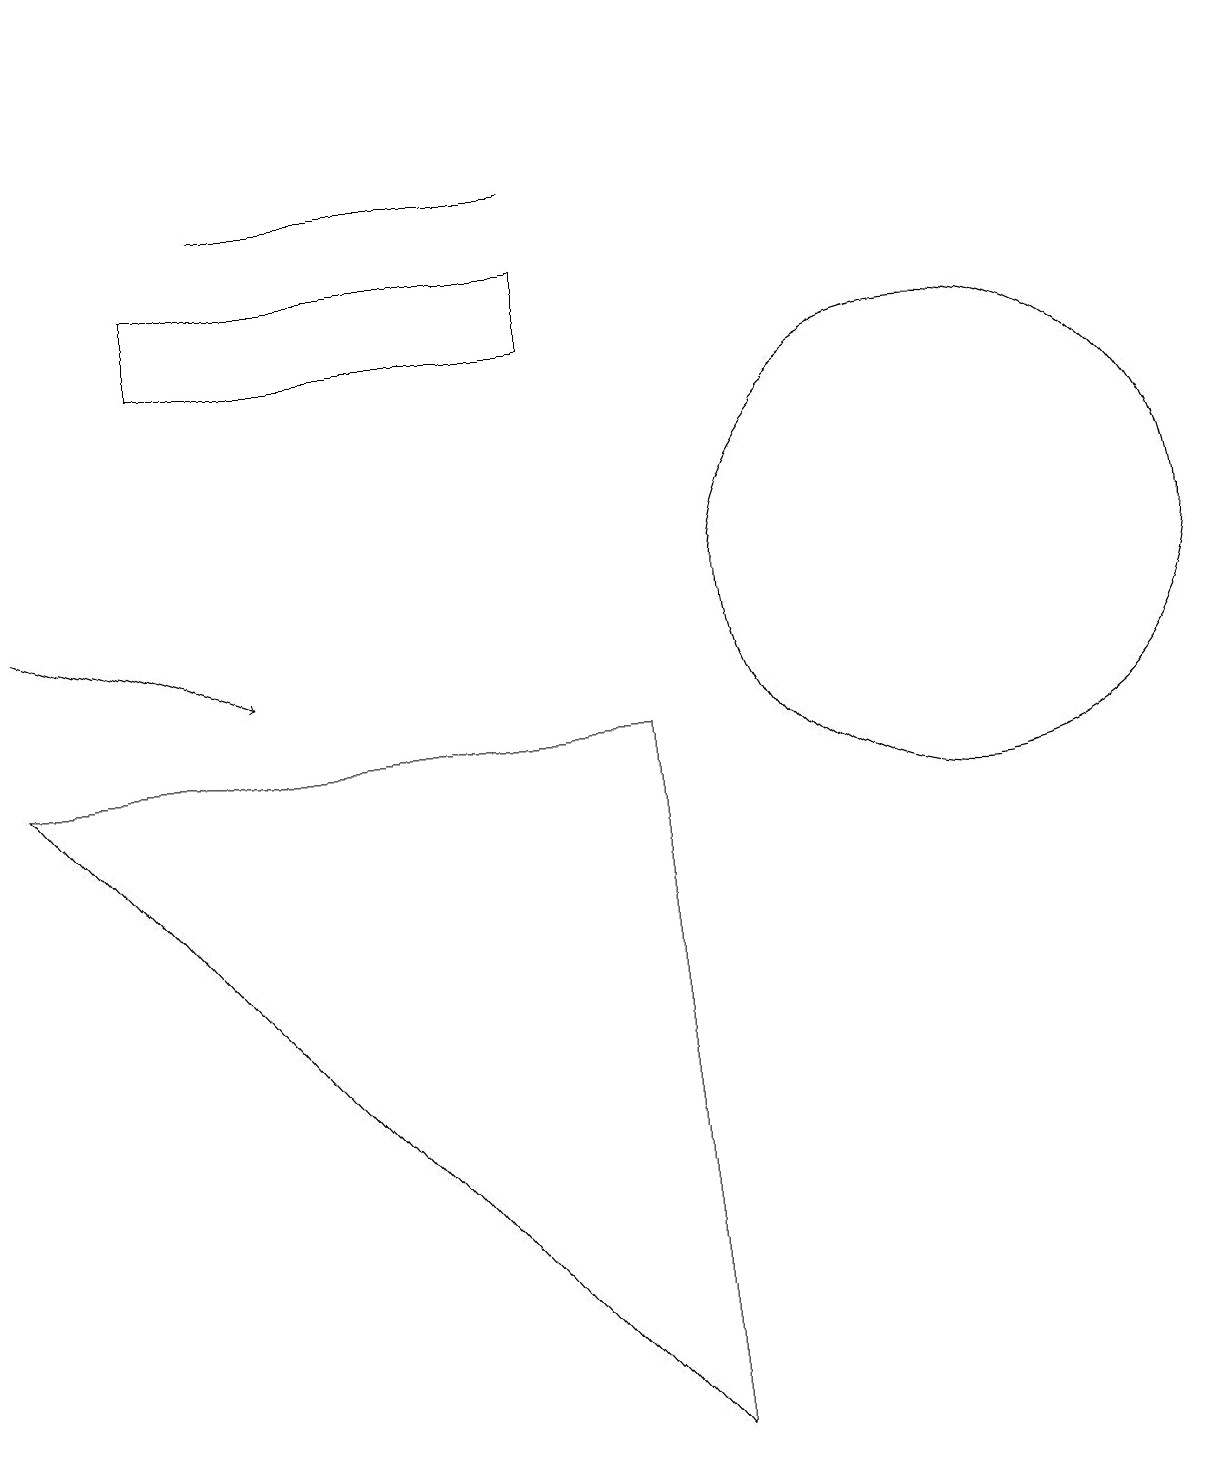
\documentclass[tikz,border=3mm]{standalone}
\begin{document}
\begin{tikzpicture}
\draw[->] (0,18) -- (0,17);
\draw (7,15) rectangle (2,14);
\draw (8,9) -- (8,0) -- (0,9) -- cycle;
\draw (7,16) rectangle (3,16);
\draw (12,11) circle (3);
\draw[->] (0,11) -- (3,10);
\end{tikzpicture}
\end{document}